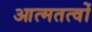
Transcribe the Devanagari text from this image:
आत्मतत्वों